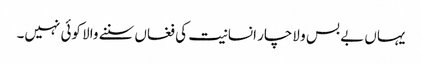
یہاں بے بس و لاچار انسانیت کی فغاں سننے والا کوئی نہیں۔